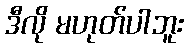
ဒီလို မဟုတ်ပါဘူး